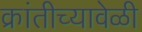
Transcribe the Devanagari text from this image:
क्रांतीच्यावेळी